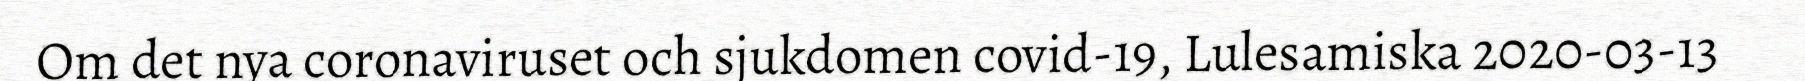
Om det nya coronaviruset och sjukdomen covid-19, Lulesamiska 2020-03-13